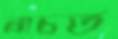
নাচত